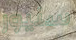
سنيور